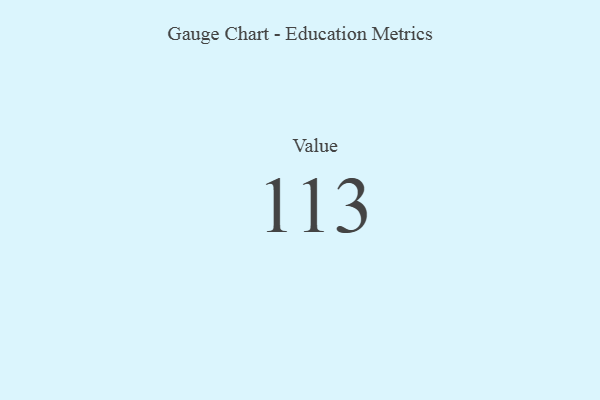
{"axis": {"x": "Metric", "y": "Value"}, "legend": [""], "data": [{"x": "Value", "y": 113, "type": ""}]}